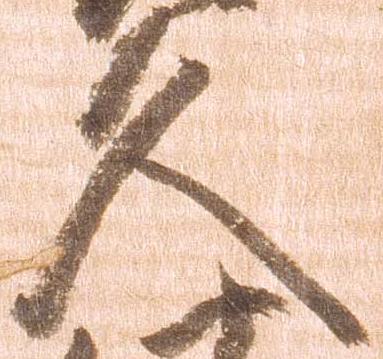
久